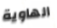
الهاوية